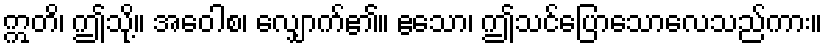
ဣတိ၊ ဤသို့။ အဝေါစ၊ လျှောက်၏။ ဧသော၊ ဤသင်ပြောသောလေသည်ကား။